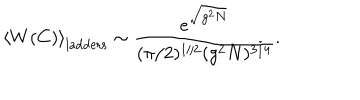
\left< W ( C ) \right> _ { \mathrm { l a d d e r s } } \sim \frac { e ^ { \sqrt { g ^ { 2 } N } } } { ( \pi / 2 ) ^ { 1 / 2 } ( g ^ { 2 } N ) ^ { 3 / 4 } } .